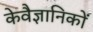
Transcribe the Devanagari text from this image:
केवैज्ञानिकों